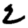
Digit: 2